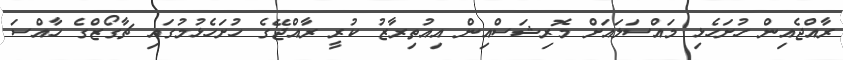
ރާއްޖެއިން ހުށަހެޅި މައްސަލައަށް މޮރިޝަސްއިން އިއުތިރާޒު ކުރީ ރާއްޖޭގެ ހުށަހެޅުމުގައި ޗާގޯޒްގެ ހާއްސަ